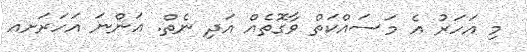
މި އަހަރު އެ މަސައްކަތް ވާގޮތެއް އަދި ނެތް. އަންނަ އަހަރަށއ